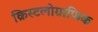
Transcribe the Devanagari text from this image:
क्रिस्टलोग्राफिक